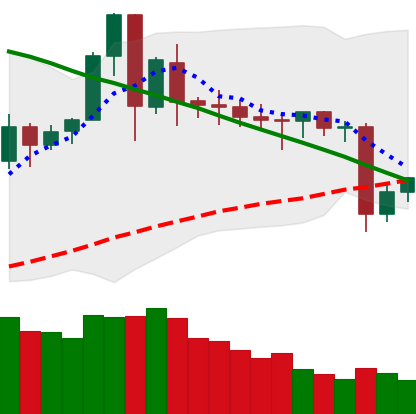
Ticker: ETC-USD
Chart end date: 2020-06-13
Forward return: -4.189%
Label: down_3_5